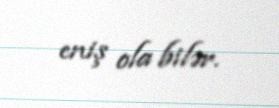
eniş ola bilər.